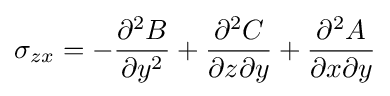
\sigma _{zx}=-{\frac {\partial ^{2}B}{\partial y^{2}}}+{\frac {\partial ^{2}C}{\partial z\partial y}}+{\frac {\partial ^{2}A}{\partial x\partial y}}